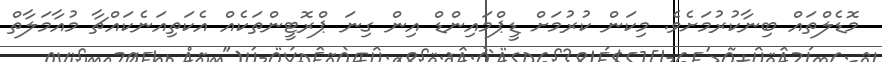
މޮޑެލްތައް ބިނާކުރުމަށެވެ. މިކަން ކުރުމަށް ޑީޕްމައިންޑް އިން ގިނަ ޕްރޮޓީންތަކެއް އެކަތިއަނެކައްޗާ މުއާމަލާތް